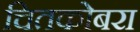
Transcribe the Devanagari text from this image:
चितकोबरा